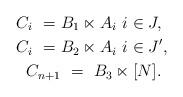
LaTeX: \begin{align*} C_i \ = \ & B_1 \ltimes A_i \ i \in J, \\ C_i \ = \ & B_2 \ltimes A_i \ i \in J', \\ C_{n+1}& \ = \ B_3 \ltimes [N]. \end{align*}